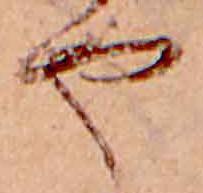
や